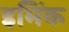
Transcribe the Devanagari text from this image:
इमिंक